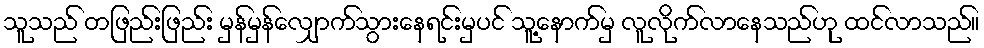
သူသည် တဖြည်းဖြည်း မှန်မှန်လျှောက်သွားနေရင်းမှပင် သူ့နောက်မှ လူလိုက်လာနေသည်ဟု ထင်လာသည်။